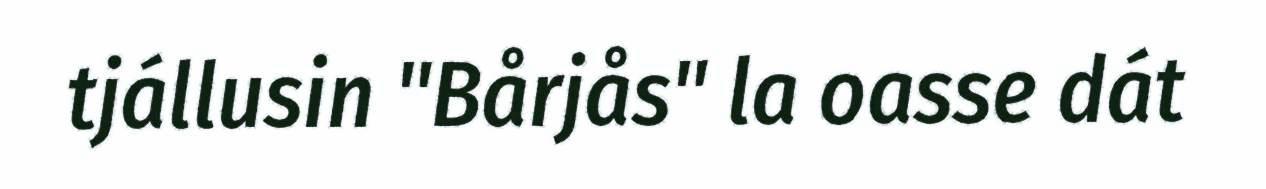
tjállusin "Bårjås" la oasse dát